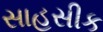
સાહસીક